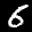
Label: 6